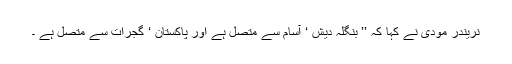
نریندر مودی نے کہا کہ ’’ بنگلہ دیش ‘ آسام سے متصل ہے اور پاکستان ‘ گجرات سے متصل ہے ۔